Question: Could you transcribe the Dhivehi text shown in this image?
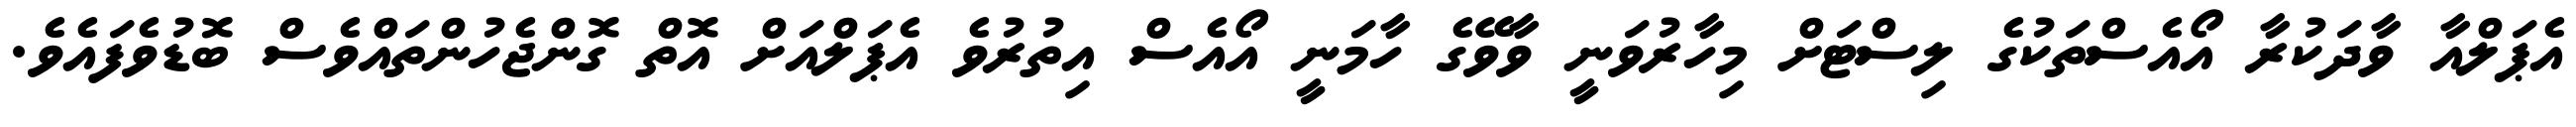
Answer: އެޕަލްއާ ވާދަކުރާ އޯއެސްތަކުގެ ލިސްޓަށް މިހާރުވަނީ ވާވޭގެ ހާމަނީ އޯއެސް އިތުރުވެ އެޕަލްއަށް އޮތް ގޮންޖެހުންތައްވެސް ބޮޑުވެފައެވެ.